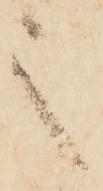
之